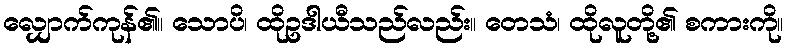
လျှောက်ကုန်၏။ သောပိ၊ ထိုဥဒါယီသည်လည်း။ တေသံ၊ ထိုလူတို့၏ စကားကို။